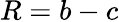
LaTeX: R=b-c